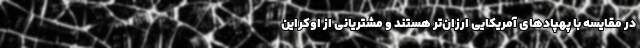
در مقایسه با پهپادهای آمریکایی ارزان‌تر هستند و مشتریانی از اوکراین